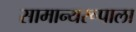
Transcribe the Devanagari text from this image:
सामान्यरूपाला